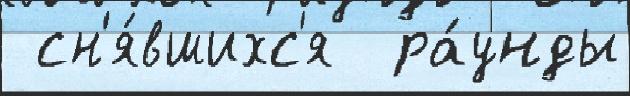
 сн'я́вшихс'я  ра́унды